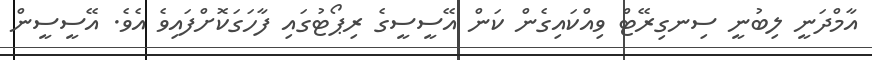
އާމްދަނީ ލިބުނީ ސިނގިރޭޓް ވިއްކައިގެން ކަން އޭސީސީގެ ރިޕޯޓުގައި ފާހަގަކޮށްފައިވެ އެވެ. އޭސީސީން